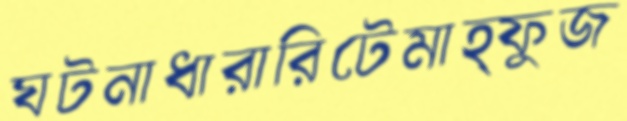
ঘটনাধারারিটেমাহ্ফুজ